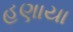
હણાયા